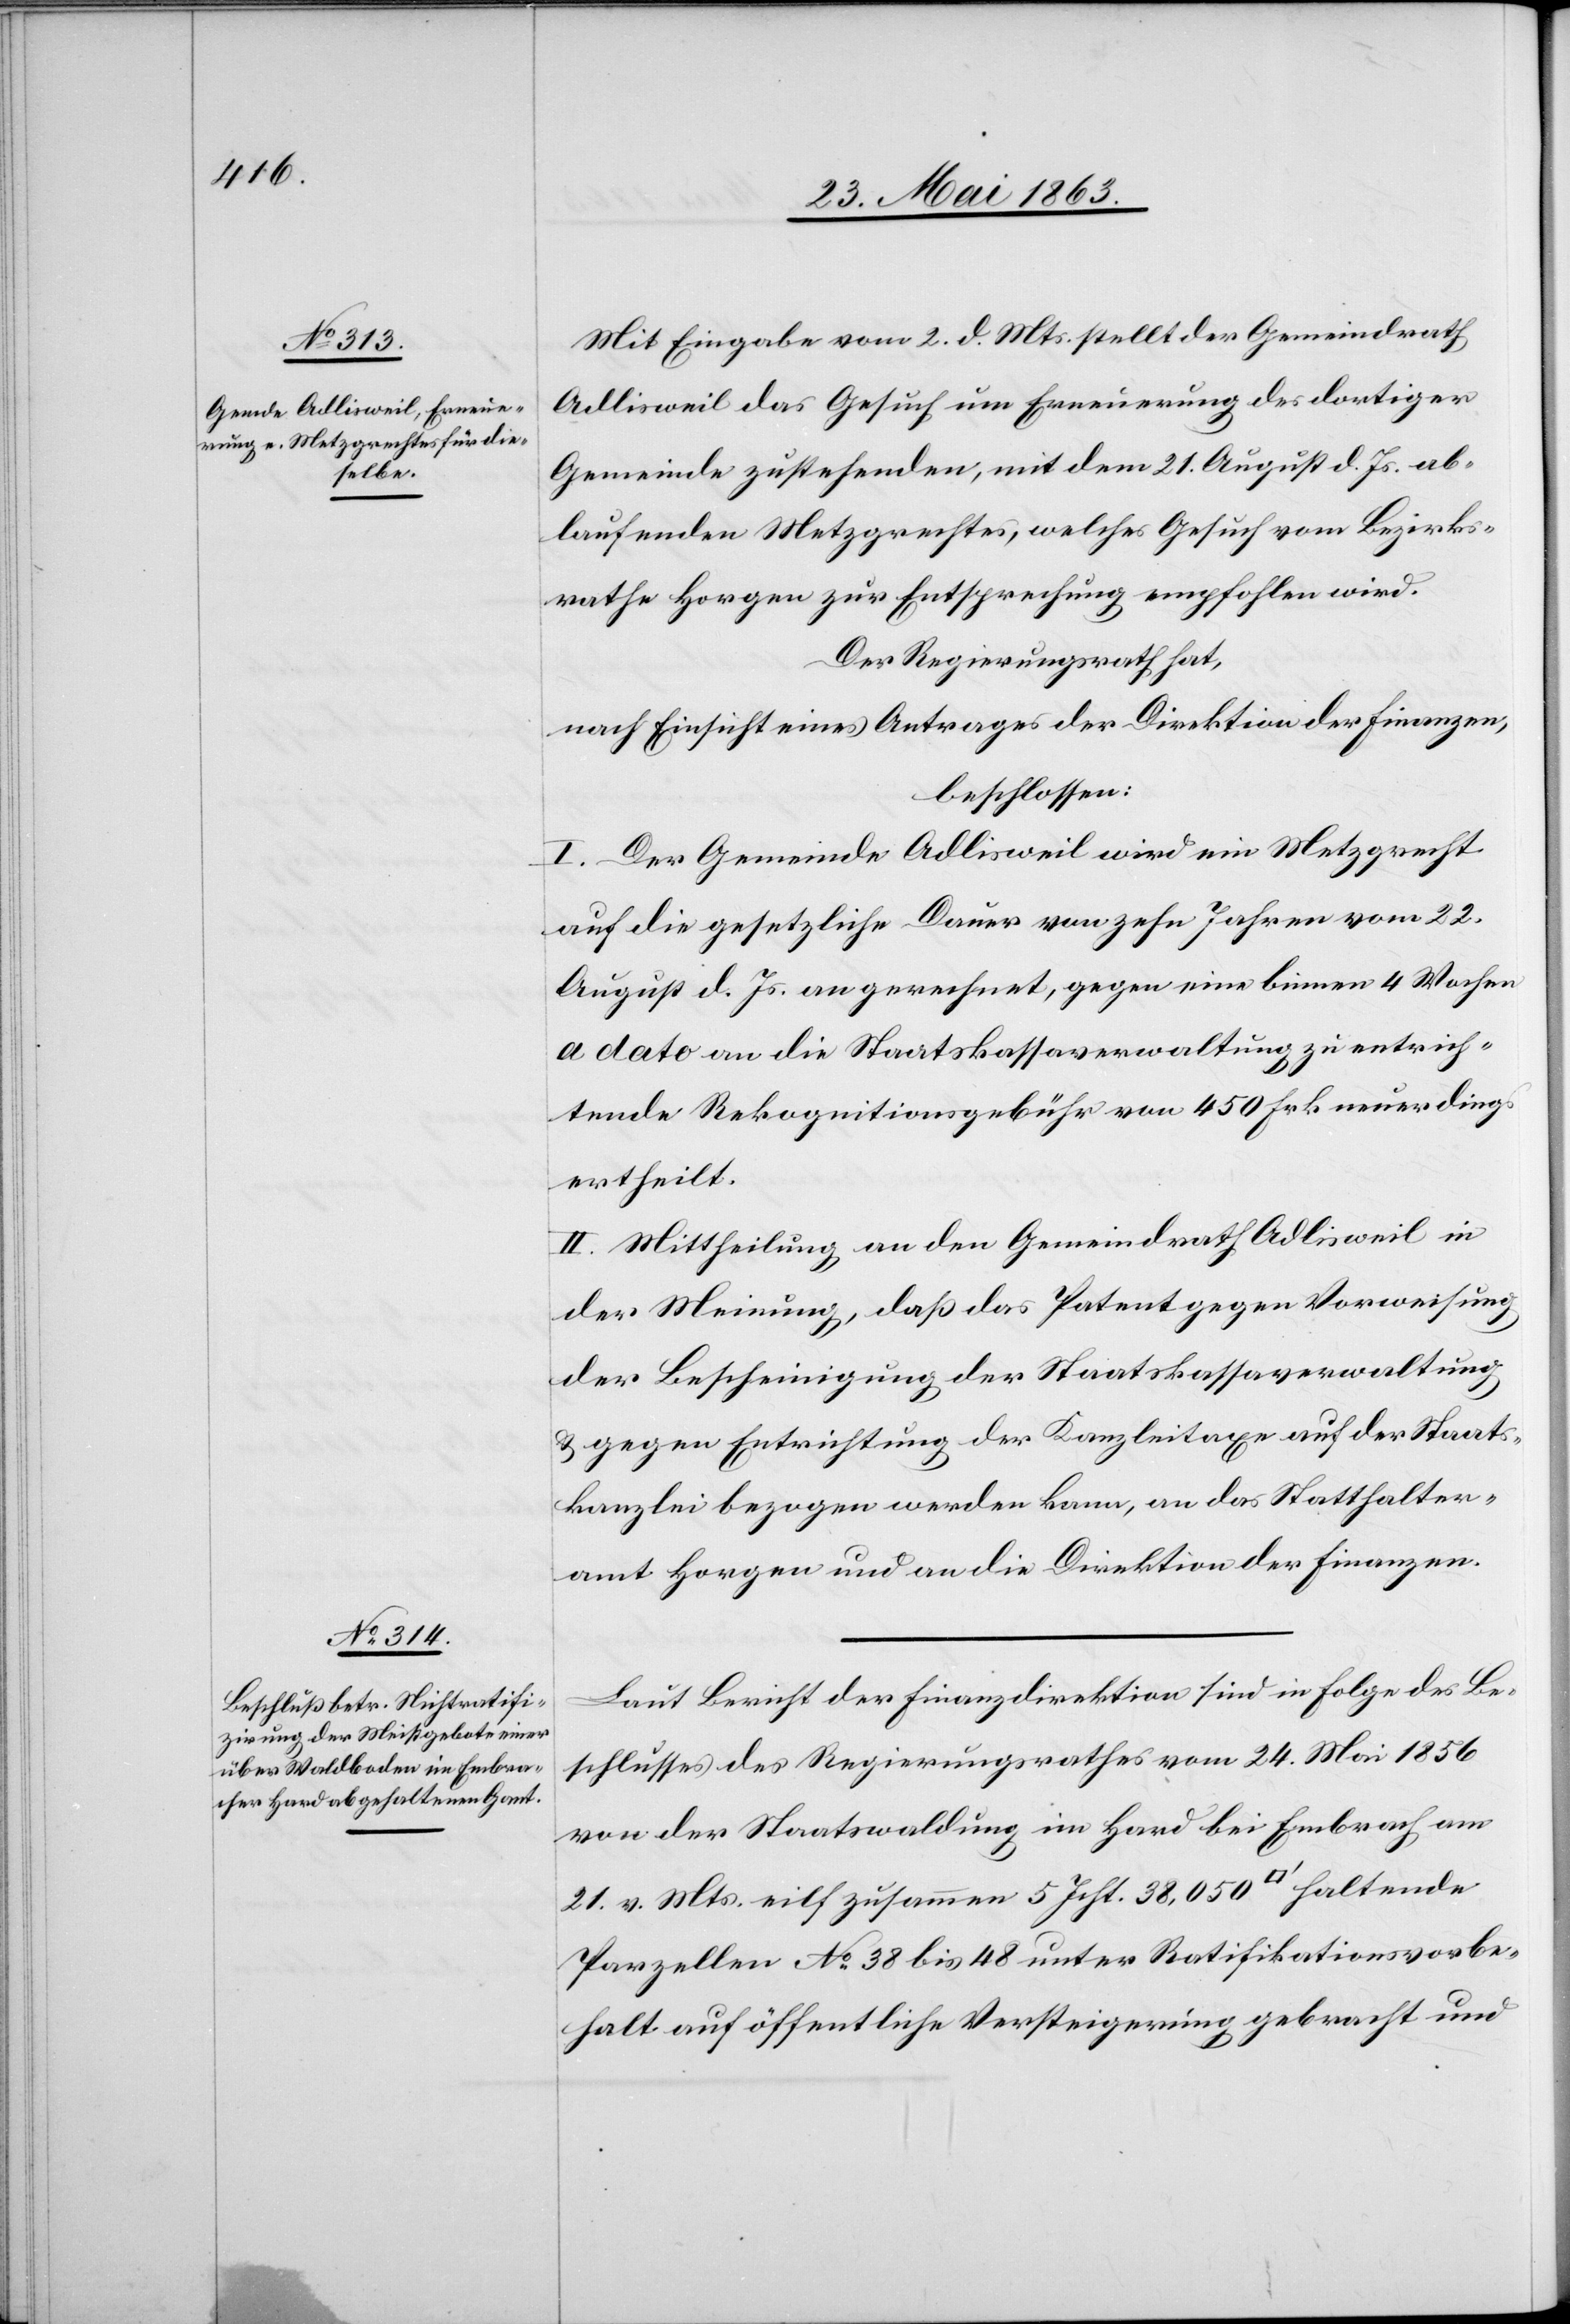
Mit Eingabe vom 2. d. Mts. stellt der Gemeindrath
Adlisweil das Gesuch um Erneuerung des dortiger
Gemeinde zustehenden, mit dem 21. August d. Js. ab¬
laufenden Metzgrechtes, welches Gesuch vom Bezirks¬
rathe Horgen zur Entsprechung empfohlen wird.
Der Regierungsrath hat,
nach Einsicht eines Antrages der Direktion der Finanzen,
beschlossen:
I. Der Gemeinde Adlisweil wird ein Metzgrecht
auf die gesetzliche Dauer von zehn Jahren vom 22.
August d. Js. angerechnet, gegen eine binnen 4 Wochen
a dato an die Staatskassaverwaltung zu entrich¬
tende Rekognitionsgebühr von 450 Frk. neuerdings
ertheilt.
II. Mittheilung an den Gemeindrath Adlisweil in
der Meinung, daß das Patent gegen Vorweisung
der Bescheinigung der Staatskassaverwaltung
& gegen Entrichtung der Kanzleitaxe auf der Staats¬
kanzlei bezogen werden kann, an das Statthalter¬
amt Horgen und an die Direktion der Finanzen.
Laut Bericht der Finanzdirektion sind in Folge des Be¬
schlusses des Regierungsrathes vom 24. Mai 1856
von der Staatswaldung im Hard bei Embrach am
21. v. Mts. eilf zusammen 5 Jucht. 38,050 [Quadratfuss] haltende
Parzellen No 38 bis 48 unter Ratifikationsvorbe¬
halt auf öffentliche Versteigerung gebracht und